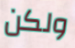
ولكن